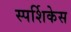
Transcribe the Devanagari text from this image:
स्पर्शिकेस